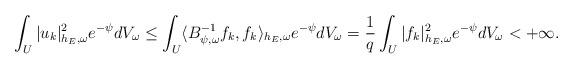
LaTeX: \begin{align*} \int_U|u_k|^2_{h_E,\omega}e^{-\psi}dV_\omega\leq\int_U\langle B_{\psi,\omega}^{-1}f_k,f_k\rangle_{h_E,\omega}e^{-\psi}dV_\omega=\frac{1}{q}\int_U|f_k|^2_{h_E,\omega}e^{-\psi}dV_\omega<+\infty. \end{align*}